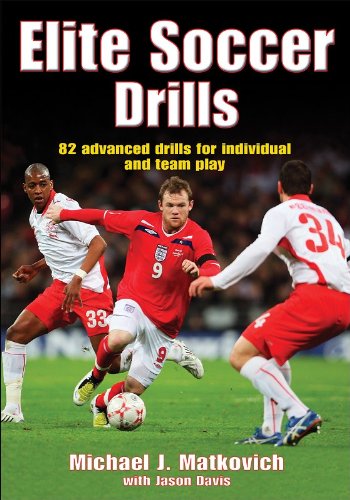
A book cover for Elite Soccer Drills; Michael Matkovich; Sports & Outdoors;